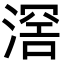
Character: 滘